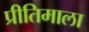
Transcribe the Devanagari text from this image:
प्रीतिमाला